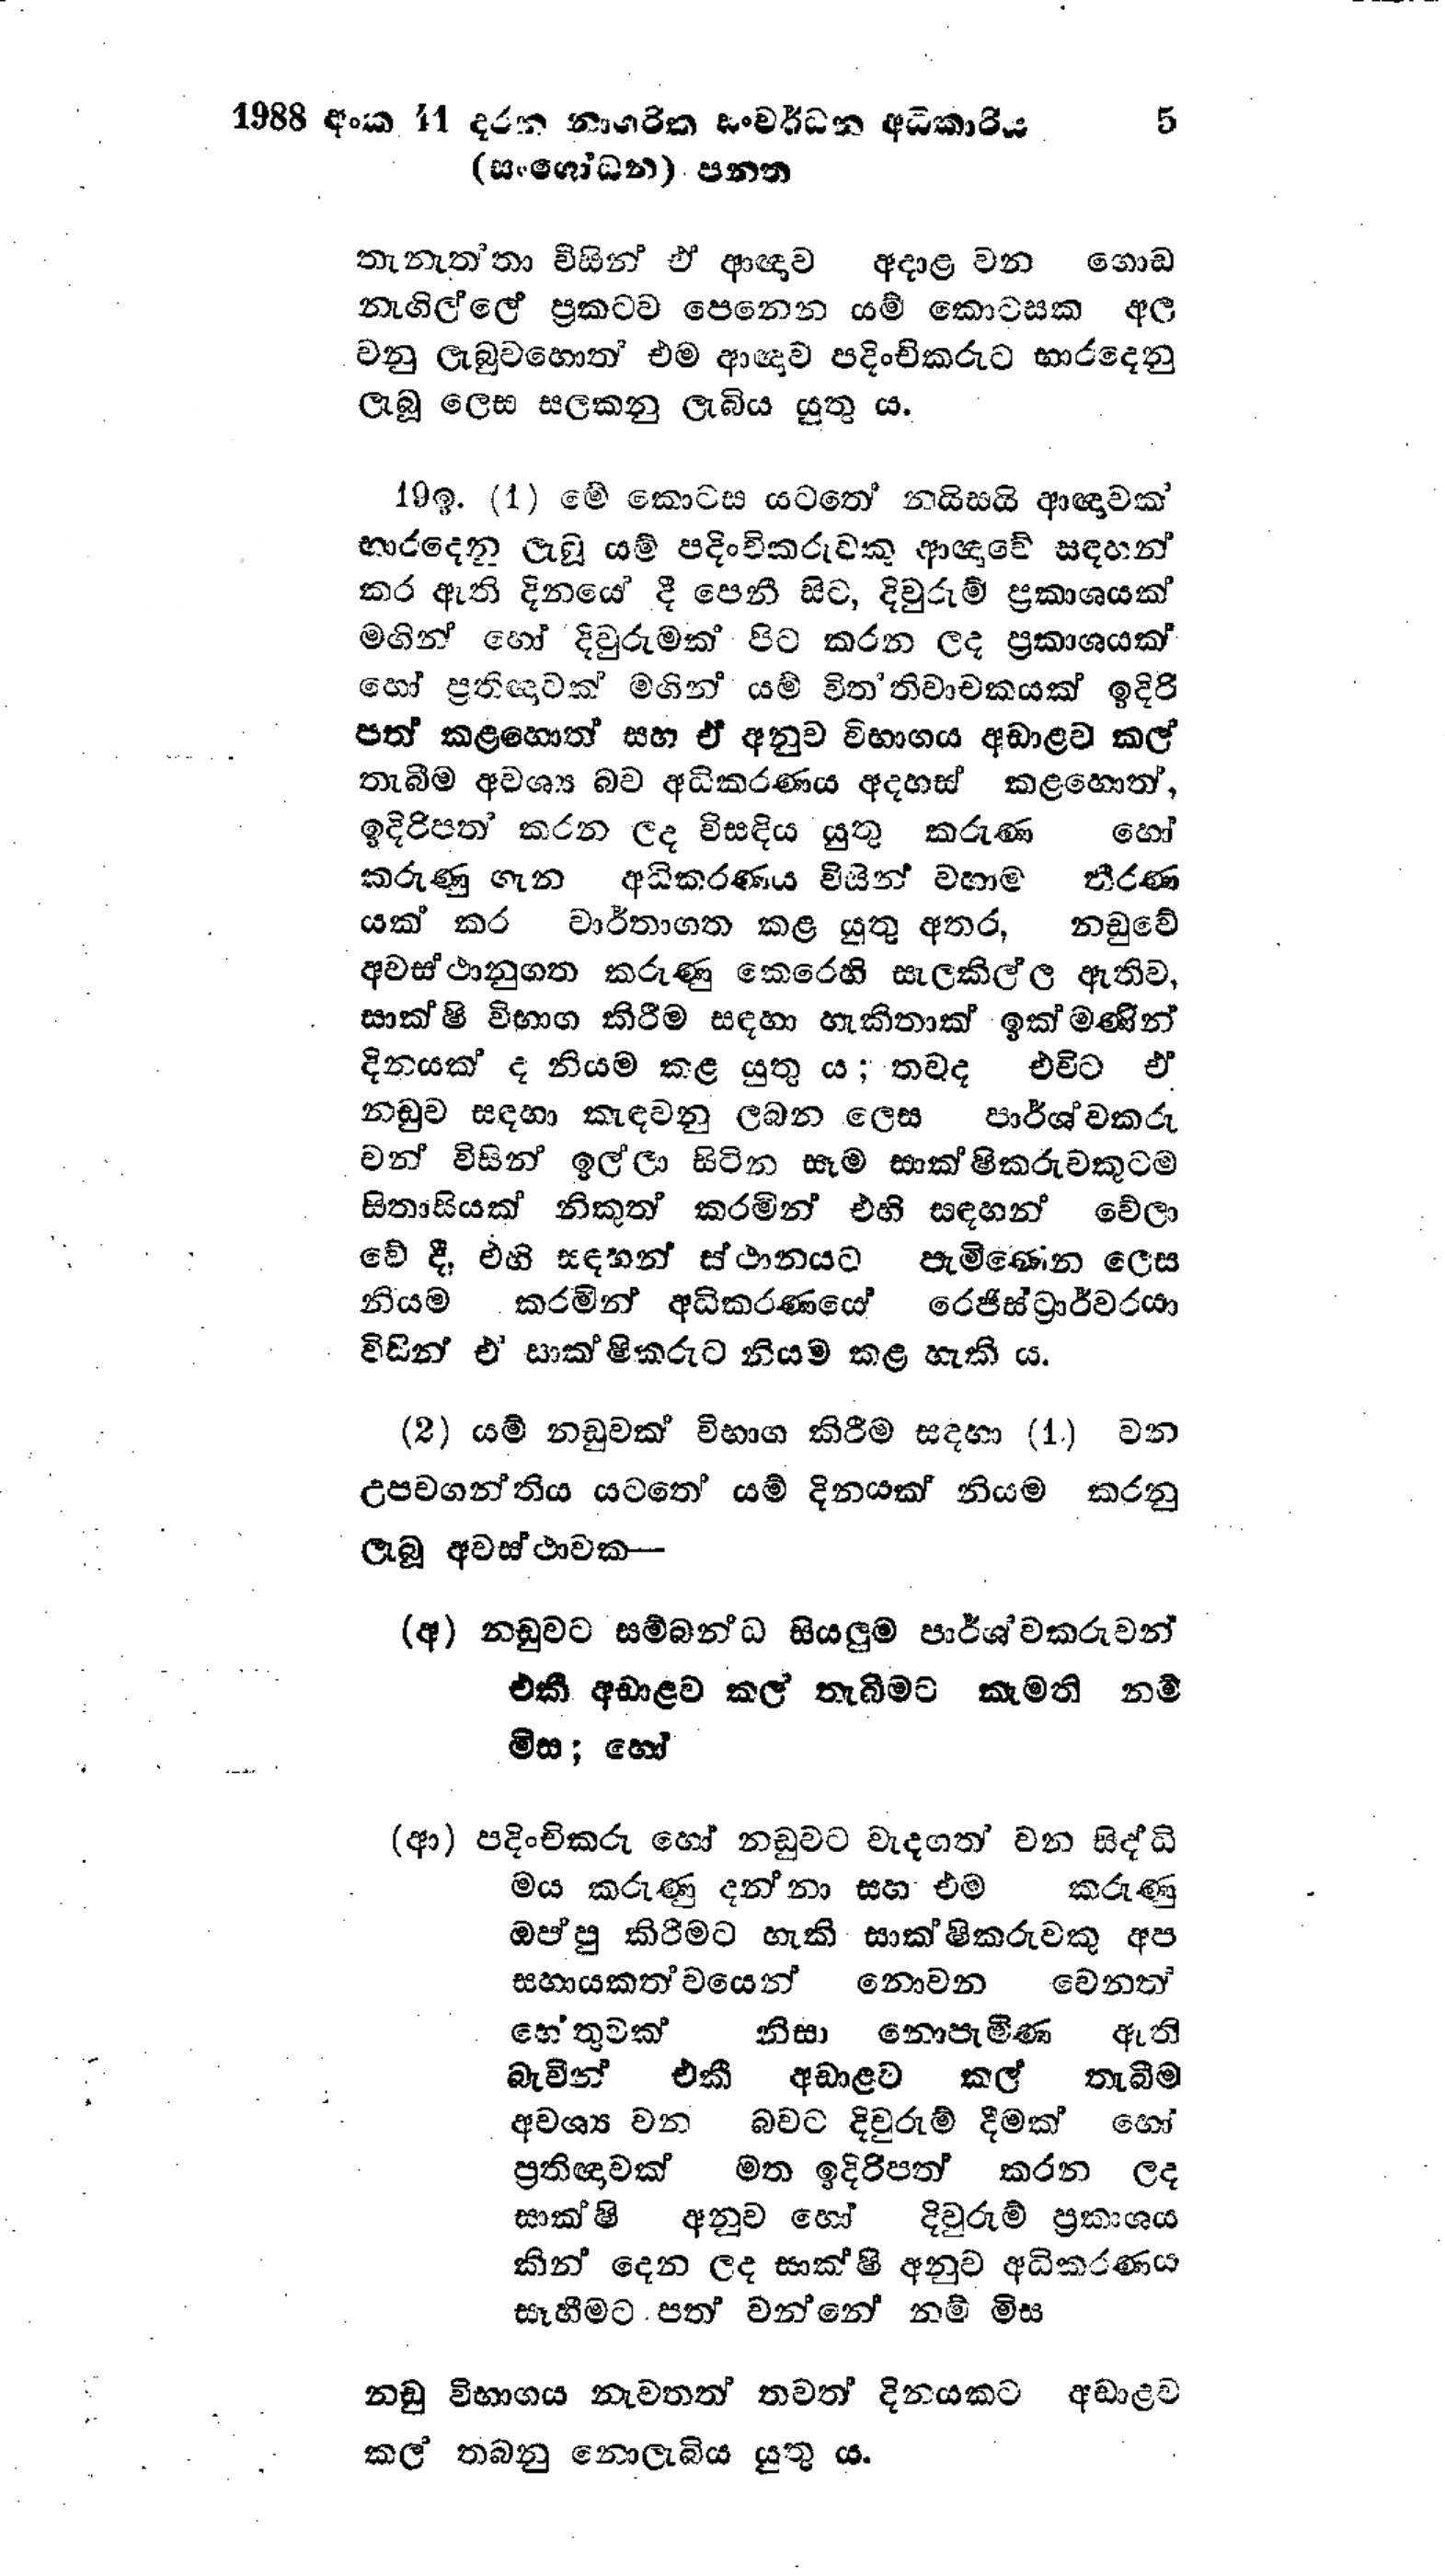
1988 අංක 41 දරන නාගරික සංවර්ධන අධිකාරිය 5
(සංශෝධන) පනත

තැනැත්තා විසින් ඒ ආඥාව අදාළ වන ගොඩ
නැගිල්ලේ ප්‍රකටව පෙනෙන යම් කොටසක අල
වනු ලැබුවහොත් එම ආඥාව පදිංචිකරුට භාර දෙනු
ලැබූ ලෙස සලකනු ලැබිය යුතු ය.

19 ඉ.(1) මේ කොටස යටතේ නයිසයි ආඥාවක්
භාර දෙන ලැබූ යම් පදිංචිකරුවකු ආඥාවේ සඳහන්
කර ඇති දිනයේ දී පෙනී සිට, දිවුරුම් ප්‍රකාශයක්
මගින් හෝ දිවුරුමක් පිට කරන ලද ප්‍රකාශයක්
හෝ ප්‍රතිඥාවක් මගින් යම් විත‍්තිවාචකයක් ඉදිරි
පත් කළහොත් සහ ඒ අනුව විභාගය අඩාළව කල්
තැබීම අවශ්‍ය බව අධිකරණය අදහස් කළහොත්,
ඉදිරිපත් කරන ලද විසඳිය යුතු කරුණ හෝ
කරුණු ගැන අධිකරණය විසින් වහාම තීරණ
යක් කර වාර්තාගත කළ යුතු අතර,නඩුවේ
අවස්ථානුගත කරුණු කෙරෙහි සැලකිල්ල ඇතිව,
සාක්ෂි විභාග කිරීම සඳහා හැකිතාක් ඉක්මණින්
දිනයක් ද නියම කළ යුතු ය; තවද එවිට ඒ
නඩුව සඳහා කැඳවනු ලබන ලෙස පාර්ශ්වකරු
වන් විසින් ඉල්ලා සිටින සෑම සාක්ෂිකරුවකුටම
සිතාසියක් නිකුත් කරමින් එහි සඳහන් වේලා
වේ දී, එහි සඳහන් ස්ථානයට පැමිණෙන ලෙස
නියම කරමින් අධිකරණයේ රෙජිස්ට්‍රාර්වරයා
විසින් ඒ සාක්ෂිකරුට නියම කළ හැකි ය.

(2) යම් නඩුවක් විභාග කිරීම සඳහා (1) වන
උපවගන්තිය යටතේ යම් දිනයක් නියම කරනු
ලැබූ අවස්ථාවක -

(අ) නඩුවට සම්බන්ධ සියලුම පාර්ශවකරුවන්
එකී අඩාළව කල් තැබීමට කැමති නම්
මිස; හෝ

(ආ) පදිංචිකරු හෝ නඩුවට වැදගත් වන සිද්ධි
මය කරුණු දන්නා සහ එම කරුණු
ඔප්පු කිරීමට හැකි සාක්ෂිකරුවකු අප
සහායකත්වයෙන් නොවන වෙනත්
හේතුවක් නිසා නොපැමිණ ඇති
බැවින් එකී අඩාළව කල් තැබීම
අවශ්‍ය වන බවට දිවුරුම් දීමක් හෝ
ප්‍රතිඥාවක් මත ඉදිරිපත් කරන ලද
සාක්ෂි අනුව හෝ දිවුරුම් ප්‍රකාශය
කින් දෙන ලද සාක්ෂි අනුව අධිකරණය
සැහීමට පත් වන්නේ නම් මිස

නඩු විභාගය නැවතත් තවත් දිනයකට අඩාළව
කල් තබනු නොලැබිය යුතු ය.